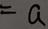
= a